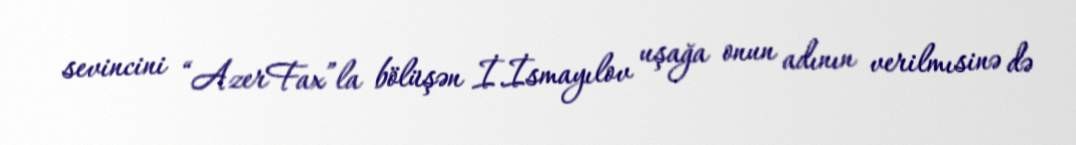
sevincini “AzerFax”la bölüşən İ.İsmayılov uşağa onun adının verilmısinə də